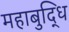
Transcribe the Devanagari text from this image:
महाबुद्धि